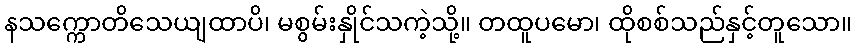
နသက္ကောတိသေယျထာပိ၊ မစွမ်းနှိုင်သကဲ့သို့။ တထူပမော၊ ထိုစစ်သည်နှင့်တူသော။